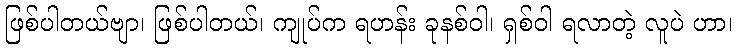
ဖြစ်ပါတယ်ဗျာ၊ ဖြစ်ပါတယ်၊ ကျုပ်က ရဟန်း ခုနစ်ဝါ၊ ရှစ်ဝါ ရလာတဲ့ လူပဲ ဟာ၊